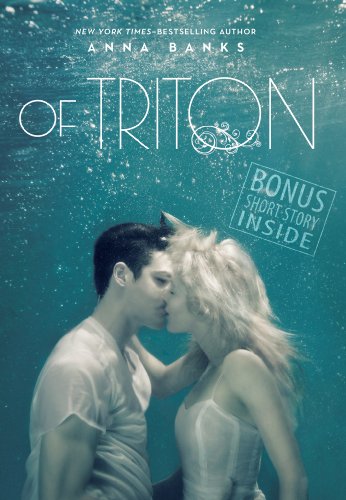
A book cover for Of Triton (The Syrena Legacy); Anna Banks; Teen & Young Adult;